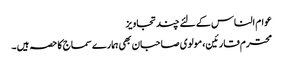
عوام الناس کے لئے چند تجاویز
محترم قارئین، مولوی صاحبان بھی ہمارے سماج کا حصہ ہیں ۔